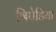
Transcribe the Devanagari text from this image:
त्रिपेडिया